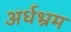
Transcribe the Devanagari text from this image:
अर्धभ्रम